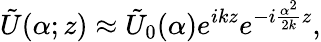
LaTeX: \tilde{U}(\alpha;z)\approx\tilde{U}_{0}(\alpha)e^{ikz}e^{-i\frac{\alpha^{2}}{2k}z},